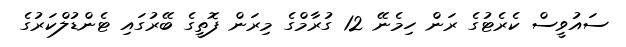
ސައުވީސް ކެރެޓުގެ ރަން ހިމެނޭ 12 ގުރާމްގެ މިރަން ފޮތީގެ ބޭރުގައި ޓެންޑުލްކަރުގެ